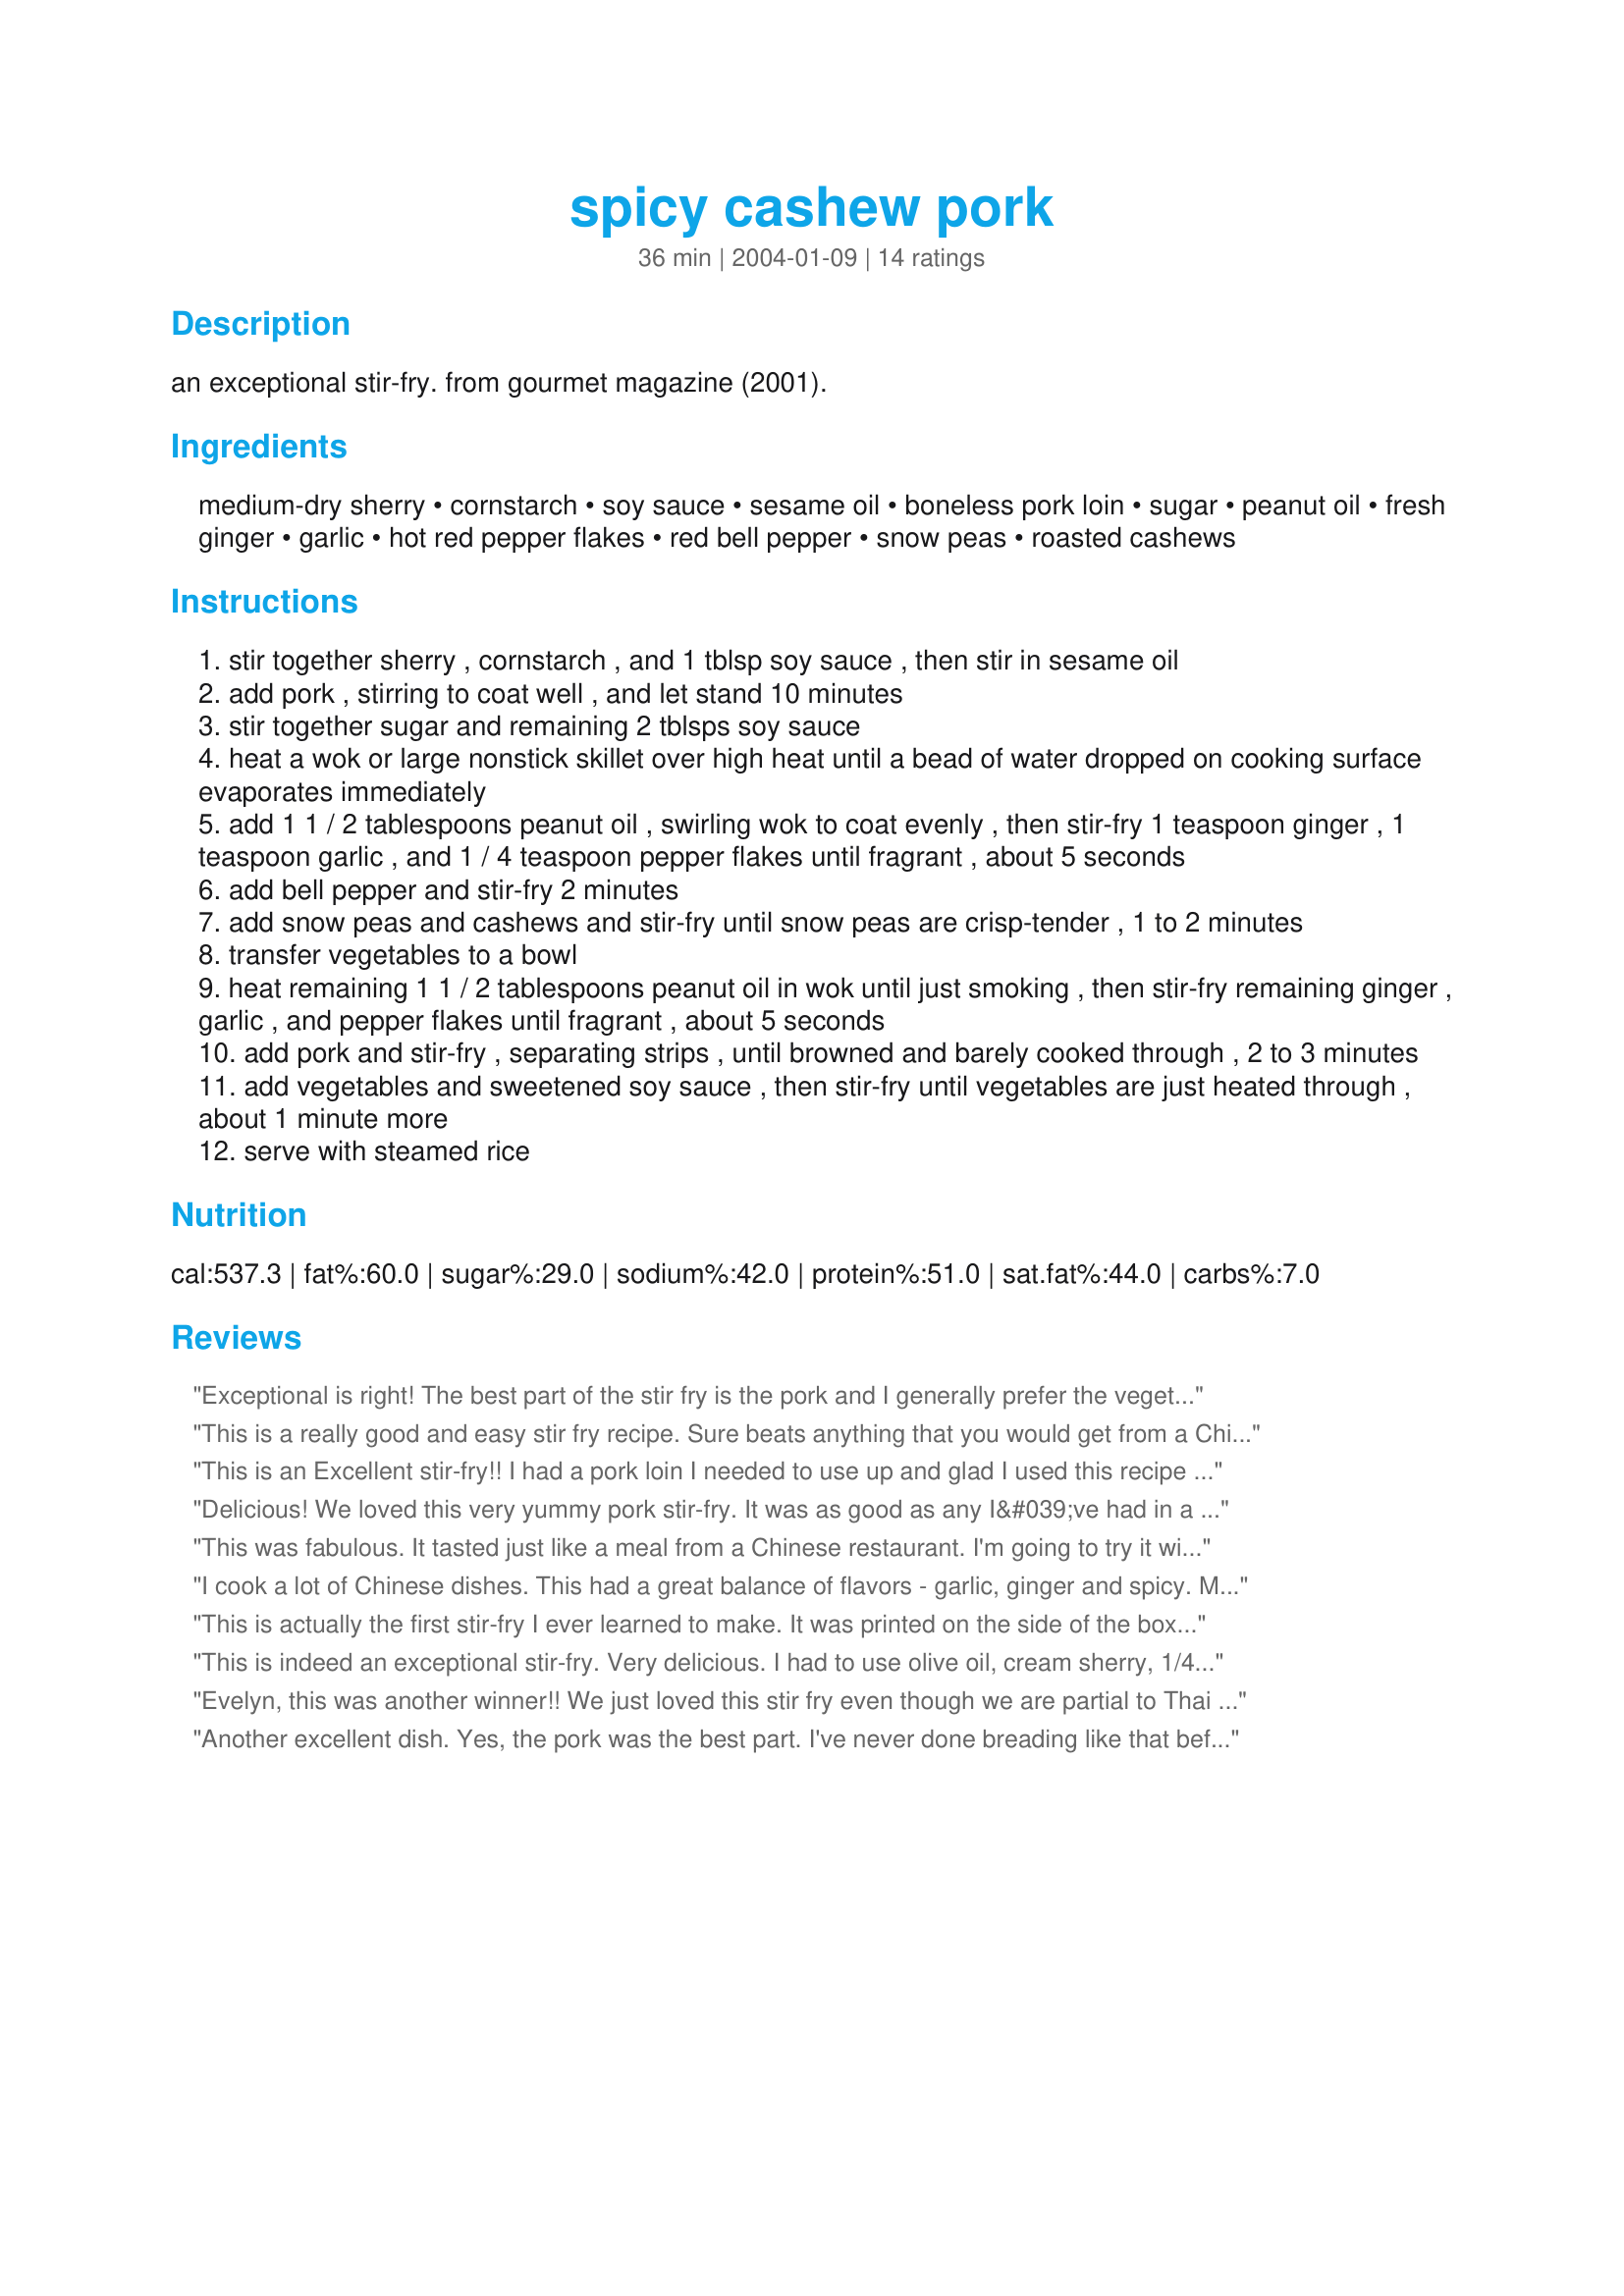
spicy cashew pork
Preparation time: 36 minutes

an exceptional stir-fry. from gourmet magazine (2001).

Ingredients:
medium-dry sherry, cornstarch, soy sauce, sesame oil, boneless pork loin, sugar, peanut oil, fresh ginger, garlic, hot red pepper flakes, red bell pepper, snow peas, roasted cashews

Steps:
stir together sherry , cornstarch , and 1 tblsp soy sauce , then stir in sesame oil
add pork , stirring to coat well , and let stand 10 minutes
stir together sugar and remaining 2 tblsps soy sauce
heat a wok or large nonstick skillet over high heat until a bead of water dropped on cooking surface evaporates immediately
add 1 1 / 2 tablespoons peanut oil , swirling wok to coat evenly , then stir-fry 1 teaspoon ginger , 1 teaspoon garlic , and 1 / 4 teaspoon pepper flakes until fragrant , about 5 seconds
add bell pepper and stir-fry 2 minutes
add snow peas and cashews and stir-fry until snow peas are crisp-tender , 1 to 2 minutes
transfer vegetables to a bowl
heat remaining 1 1 / 2 tablespoons peanut oil in wok until just smoking , then stir-fry remaining ginger , garlic , and pepper flakes until fragrant , about 5 seconds
add pork and stir-fry , separating strips , until browned and barely cooked through , 2 to 3 minutes
add vegetables and sweetened soy sauce , then stir-fry until vegetables are just heated through , about 1 minute more
serve with steamed rice

Reviews:
Exceptional is right! The best part of the stir fry is the pork and I generally prefer the vegetables. It was so tender and flavorful. Beautiful, colorful presentation. It's a simple and truly outstanding recipe.
This is a really good and easy stir fry recipe. Sure beats anything that you would get from a Chinese restaurant. This recipe calls for a fair amount of soy sauce, so you may consider using a lite variety to cut back on the sodium content. I used regular soy sauce and the flavor was fantastic!
This is an Excellent stir-fry!! I had a pork loin I needed to use up and glad I used this recipe to do it, It tasted wonderful!!!! Yum
Thanks evelyn/athens
Delicious! We loved this very yummy pork stir-fry. It was as good as any I&#039;ve had in a restaurant. The pork was very tender and had a fabulous flavor. The added zing of the red pepper flakes was a very nice touch. I served this over jasmine rice and it was gone in a hurry. Thank you for sharing this wonderful recipe...it is defintiely a keeper! **Made for Culinary Quest - Suitcase Gourmets**
This was fabulous. It tasted just like a meal from a Chinese restaurant. I'm going to try it with chicken next. I like things pretty spicy, and I'll probably add a little more pepper flakes next time. Thans so much for a wonderful recipe!
I cook a lot of Chinese dishes. This had a great balance of flavors - garlic, ginger and spicy. My husband loved it.
This is actually the first stir-fry I ever learned to make. It was printed on the side of the box that my Rival electric wok came in. I've probably made close to 100 different stir-fries since then, yet this is still in my top 5 favorites. Simple and fun to make, yet very flavorful. Very ideal for beginners. I always serve it over Japanese rice.
This is indeed an exceptional stir-fry. Very delicious. I had to use olive oil, cream sherry, 1/4 t. cayenne pepper and 1/2 tsp of powderd ginger because I didn't have the correct ingredients. I sliced up boneless thick pork chops for it. Very, very savory and delicious.
Evelyn, this was another winner!! We just loved this stir fry even though we are partial to Thai flavors over Chinese type dishes. Easy, quick and best of all it used up some pork loin I had in the freezer. There are very few stir frys to which I don't "doctor up" in the end to suit our taste, and I have to say we didn't add a thing to this one. Served this with brown rice for a delicious and healthy SBD friendly meal. Thanks, we will make this again for sure!
Another excellent dish. Yes, the pork was the best part. I've never done breading like that before, but it was perfect! I might try that with sweet and sour chicken sometime...

Oh, yeah, we skipped the soy sauce due to allergy...
Very nice. I used a pork tenderloin and used all 3T of soy sauce in the marinade sauce, then used another T and 2-3 t sugar for a glaze (because I got a little carried away with the pepper flakes). I also used sugar snap peas instead, a matter of preference. Thanks!
DELICIOUS stir fry. Twice while we were eating DH said how good it was. Used broccoli instead of peas but will try peas next time. Loved it.
This recipe is delicious!
Very simple in preparation. The pork turned out extremely tender and the veggies nice and crisp. I served with jasmine rice and next time I think I will double the "sauce" in step 3 for the rice to soak up. Thank you Evelyn for sharing the recipe.
